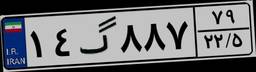
۱۴گ۸۸۷۷۹